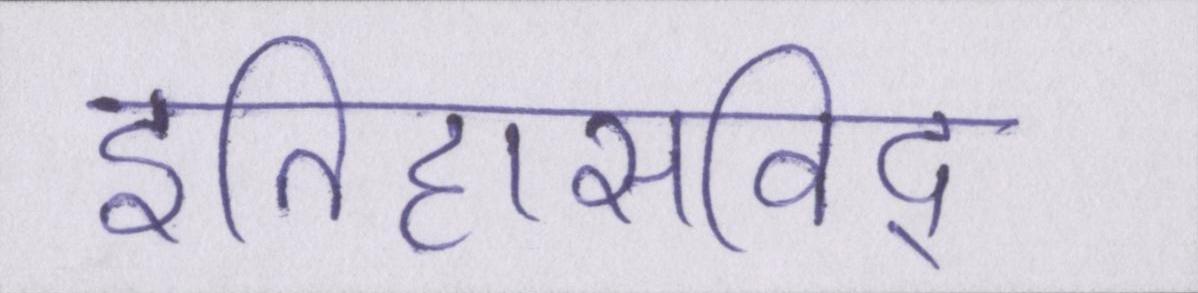
इतिहासविद्